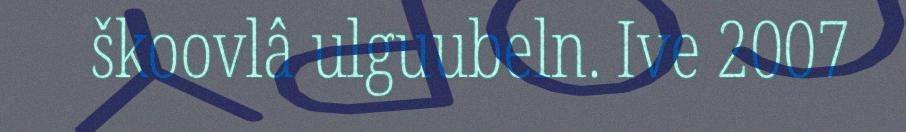
škoovlâ ulguubeln. Ive 2007